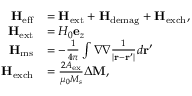
\begin{array} { r l } { \mathbf { H } _ { \mathrm { e f f } } } & { = \mathbf { H } _ { \mathrm { e x t } } + \mathbf { H } _ { \mathrm { d e m a g } } + \mathbf { H } _ { \mathrm { e x c h } } , } \\ { \mathbf { H } _ { \mathrm { e x t } } } & { = H _ { 0 } \mathbf { e } _ { z } } \\ { \mathbf { H } _ { \mathrm { m s } } } & { = - \frac { 1 } { 4 \pi } \int \nabla \nabla \frac { 1 } { \lvert \mathbf { r } - \mathbf { r } ^ { \prime } \rvert } d \mathbf { r } ^ { \prime } } \\ { \mathbf { H } _ { \mathrm { e x c h } } } & { = \frac { 2 A _ { \mathrm { e x } } } { \mu _ { 0 } M _ { s } } \Delta \mathbf { M } , } \end{array}